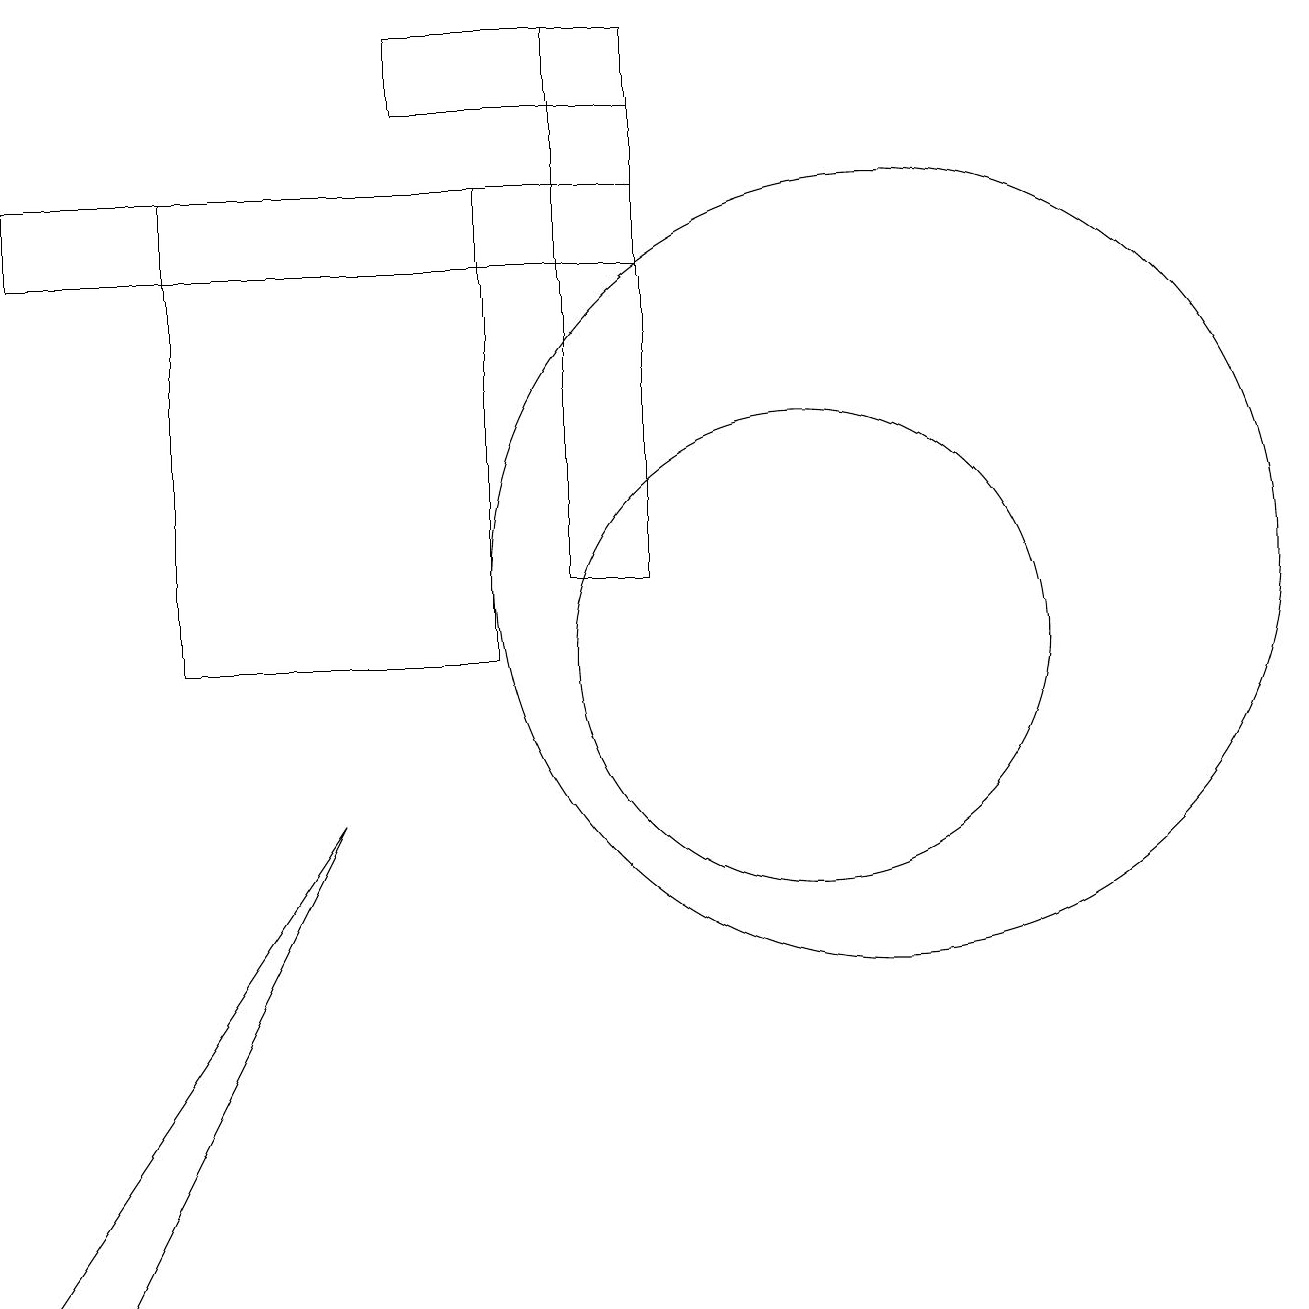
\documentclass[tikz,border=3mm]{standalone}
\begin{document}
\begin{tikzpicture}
\draw (9,17) rectangle (1,16);
\draw (3,11) rectangle (7,17);
\draw (10,11) circle (0);
\draw (2,3) -- (1,3) -- (5,9) -- cycle;
\draw (8,12) rectangle (9,19);
\draw (12,12) circle (5);
\draw (11,11) circle (3);
\draw (6,19) rectangle (9,18);
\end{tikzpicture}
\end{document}